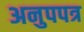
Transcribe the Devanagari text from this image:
अनुपपत्र